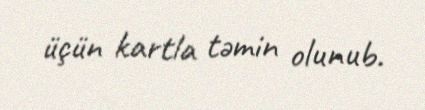
üçün kartla təmin olunub.